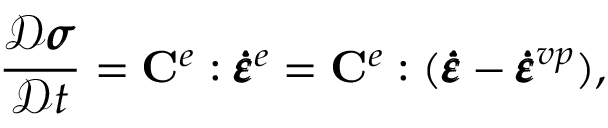
\frac { \mathcal { D } \pmb { \sigma } } { \mathcal { D } t } = \mathbf { C } ^ { e } : \pmb { \dot { \varepsilon } } ^ { e } = \mathbf { C } ^ { e } : ( \pmb { \dot { \varepsilon } } - \pmb { \dot { \varepsilon } } ^ { v p } ) ,